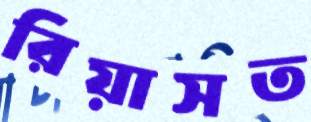
রিয়াসত